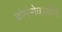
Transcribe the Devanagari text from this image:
कोमोरोव्हस्कींनी